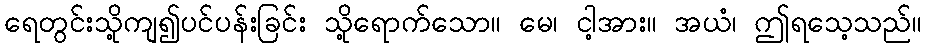
ရေတွင်းသို့ကျ၍ပင်ပန်းခြင်း သို့ရောက်သော။ မေ၊ ငါ့အား။ အယံ၊ ဤရသေ့သည်။